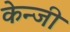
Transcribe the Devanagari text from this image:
केन्जी